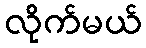
လိုက်မယ်